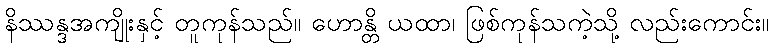
နိဿန္ဒအကျိုးနှင့် တူကုန်သည်။ ဟောန္တိ ယထာ၊ ဖြစ်ကုန်သကဲ့သို့ လည်းကောင်း။